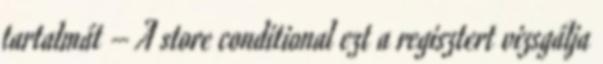
tartalmát – A store conditional ezt a regisztert vizsgálja